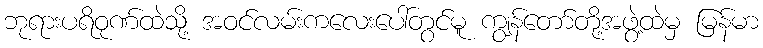
ဘုရားပရိဝုဏ်ထဲသို့ အဝင်လမ်းကလေးပေါ်တွင်မူ ကျွန်တော်တို့အဖွဲ့ထဲမှ မြန်မာ